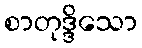
စာတုဒ္ဒိသော